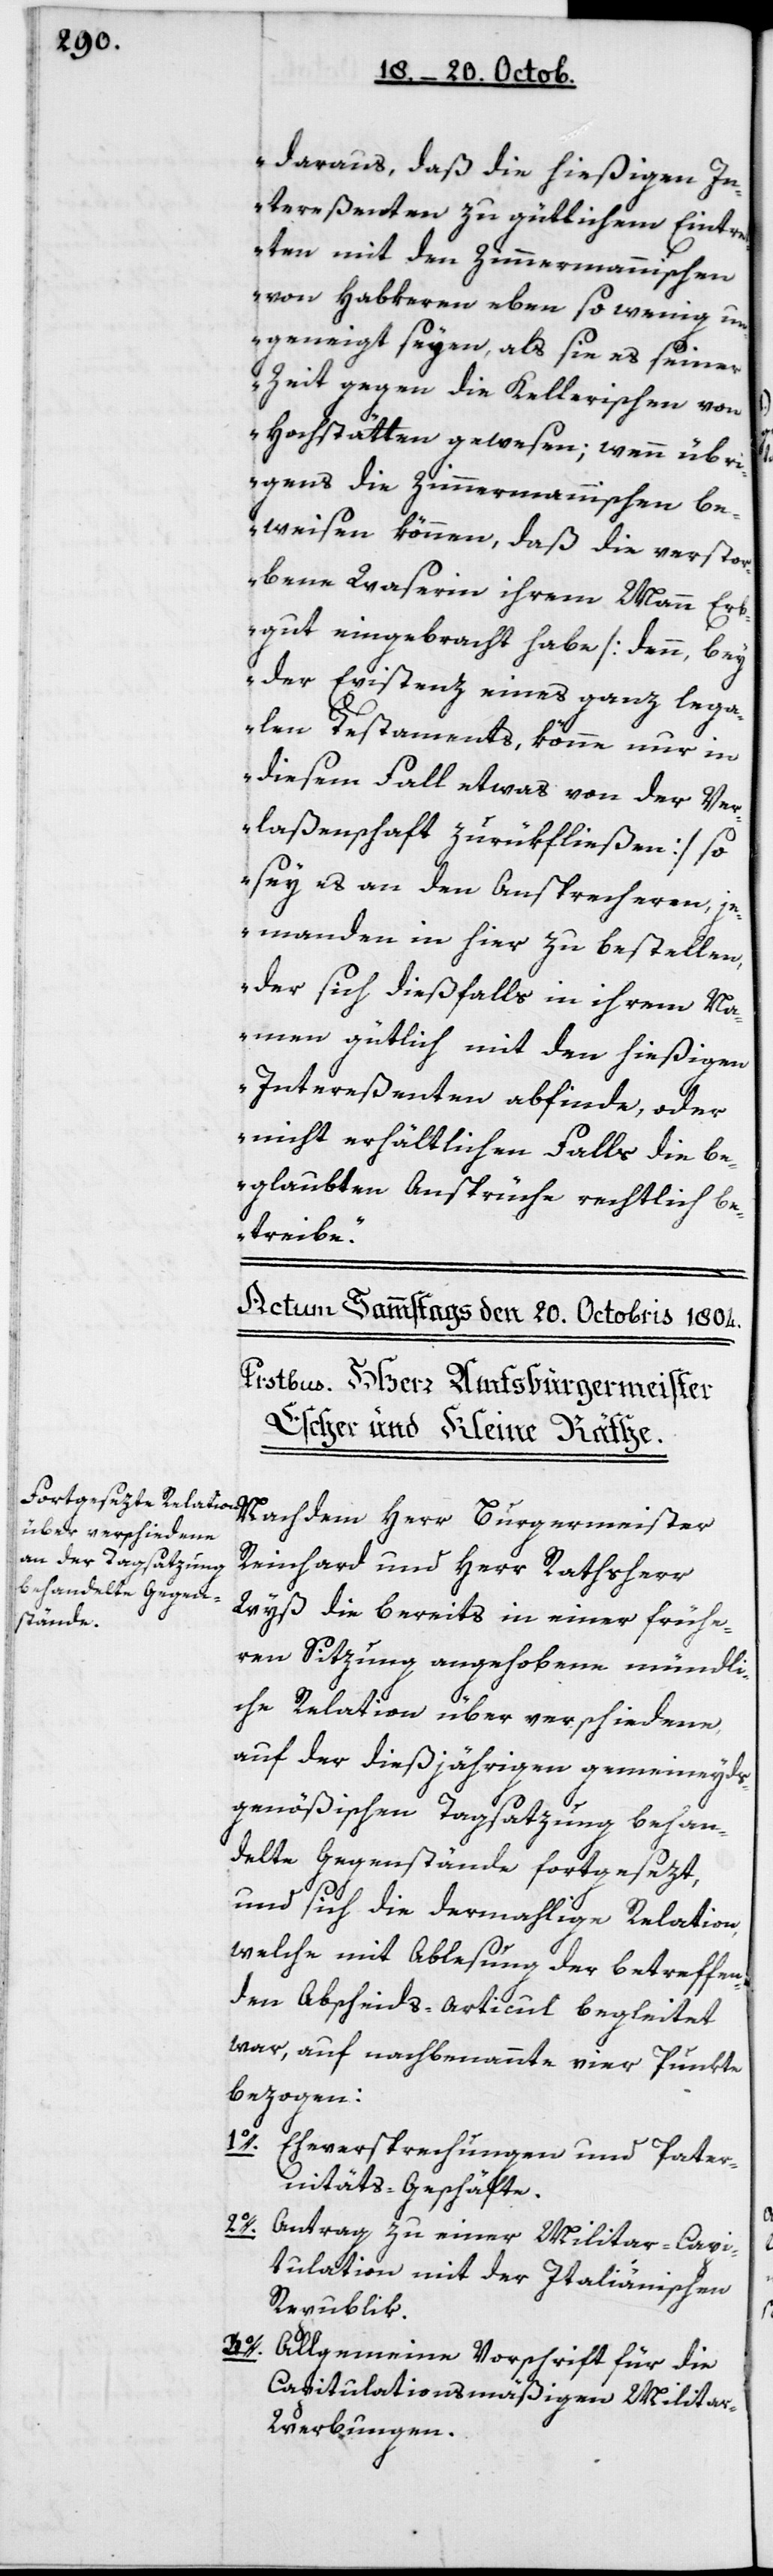
daraus, daß die hießigen In¬
tereßenten zu gütlichem Eintre¬
tten mit den Zimmermannischen
von Habkeren eben so wenig un¬
geneigt seyen, als sie es seiner
Zeit gegen die Kellerischen von
Hochstätten gewesen, wenn übr¬
igens die Zimmermannischen be¬
weisen können, daß die verstor¬
bene Waserin ihrem Mann Erb¬
gut eingebracht habe [denn, bey
der Existenz eines ganz lega¬
len Testaments, könne nur in
diesem Fall etwas von der Ve¬
rlaßenschaft zurükfließen] so
sey es an den Ansprecheren, j¬
emanden in hier zu bestellen,
der sich dießfalls in ihrem Na¬
men gütlich mit den hießigen
Intereßenten abfinde, oder
nicht erhältlichen Falls die be¬
glaubten Ansprüche rechtlich be¬
treibe“.
Nachdem Herr Burgermeister
Reinhard und Herr Rathsherr
Wyß die bereits in einer frühe¬
ren Sitzung angehobene mündli¬
che Relation über verschiedene,
auf der dießjährigen gemeineyds¬
genößischen Tagsatzung behan¬
delte Gegenstände fortgesezt,
und sich die dermahlige Relation,
welche mit Ablesung der betreffen¬
den Abscheids-Articul begleitet
war, auf nachbenannte vier Punkte
bezogen:
1o. Eheversprechungen und Pater¬
nitäts-Geschäfte.
2o. Antrag zu einer Militar-Capi¬
tulation mit der Italienischen
Republik.
3o.
Allgemeine Vorschrift für die
capitulationsmäßigen Milita¬
r-Werbungen.